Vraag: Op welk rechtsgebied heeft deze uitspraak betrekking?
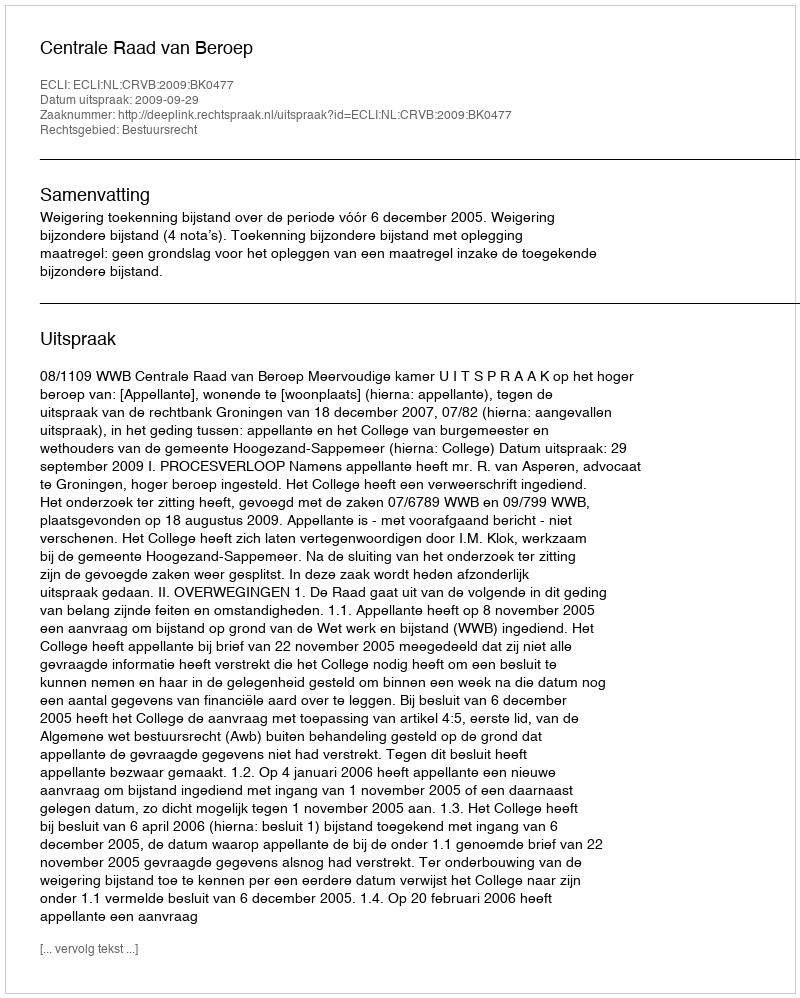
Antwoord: Bestuursrecht